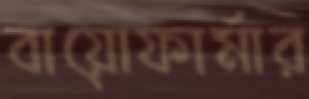
বায়োফার্মার